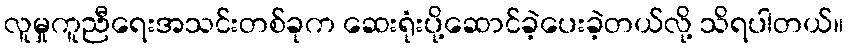
လူမှုကူညီရေးအသင်းတစ်ခုက ဆေးရုံးပို့ဆောင်ခဲ့ပေးခဲ့တယ်လို့ သိရပါတယ်။